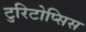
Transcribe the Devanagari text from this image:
टुरिटोप्सिस